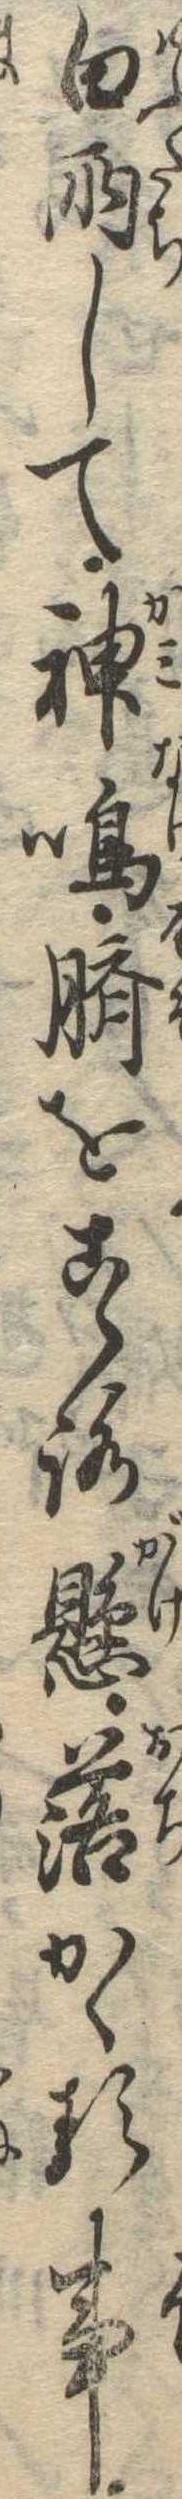
白雨して神鳴臍をこゝろ懸落かゝる事